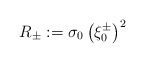
\begin{align*}R_{\pm}:=\sigma_0\left(\xi_0^{\pm}\right)^2\end{align*}